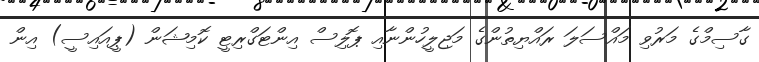
ގާސިމްގެ މަރުވި މައްސަލަ ރައްޔިތުންގެ މަޖިލީހުންނާއި ޕޮލިސް އިންޓަގްރިޓީ ކޮމިޝަން (ޕީއައިސީ) އިން